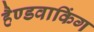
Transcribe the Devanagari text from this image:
हैण्डवाकिंग